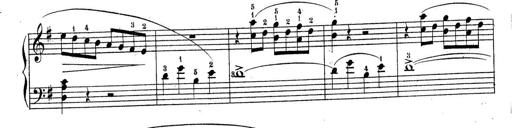
Title: Piano Sonatine No.2
Composer: Peter Piel
Key: G major